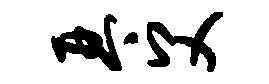
琴父